Annual report on the mental hospital in the Central Provinces and Berar (Nagpur) - 1927-1951
Year: 1927
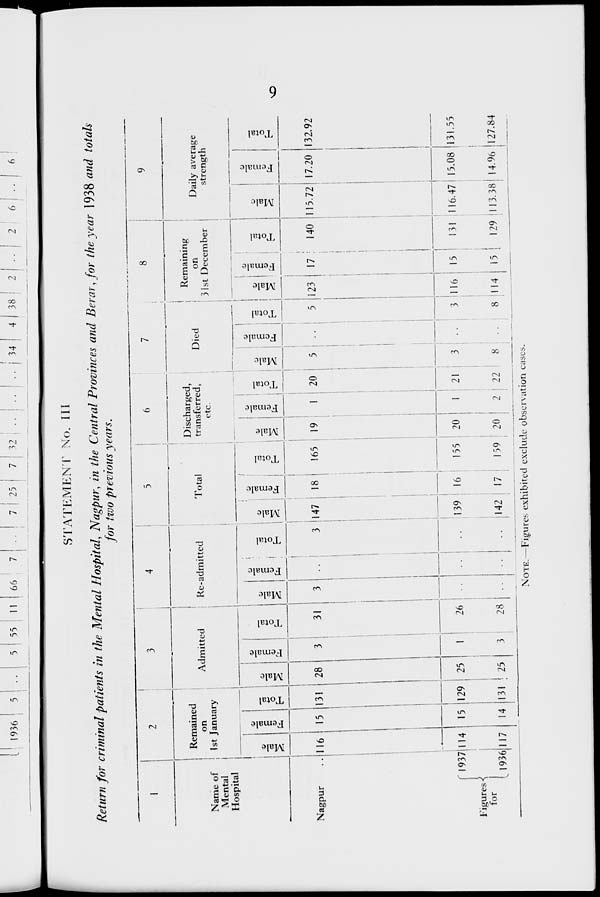
9
STATEMENT No. III
Return for criminal patients in the Mental Hospital, Nagpur, in the Central Provinces and Berar, for the year 1938 and totals
for two previous years.
1
Name of
Mental
Hospital
Nagpur
..
Figures
for
1937
1936
2
Remained
on
1st January
Male
116
114
117
Female
15
15
14
Total
131
129
131
3
Admitted
Male
28
25
25
Female
3
1
3
Total
31
26
28
4
Re-admitted
Male
3
..
..
Female
..
..
..
Total
3
..
..
5
Total
Male
147
139
142
Female
18
16
17
Total
165
155
159
6
Discharged,
transferred,
etc.
Male
19
20
20
Female
1
1
2
Total
20
21
22
7
Died
Male
5
3
8
Female
..
..
..
Total
5
3
8
8
Remaining
on
31st December
Male
123
116
114
Female
17
15
15
Total
140
131
129
9
Daily average
strength
Male
115.72
116.47
113.38
Female
17.20
15.08
14.96
Total
132.92
131.55
127.84
NOTE.—Figures exhibited exclude observation cases.